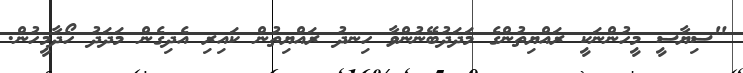
"ސިޔާސީ މީހުންނަކީ ރައްޔިތުންގެ މަދަދުބޭނުންވާ ހިނދު ރައްޔިތުން ކައިރި އެދިގެން މަދަދު ހޯދާމީހުން.